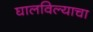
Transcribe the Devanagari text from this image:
घालविल्याचा